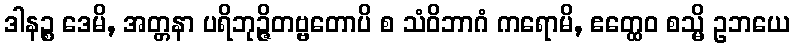
ဒါနဉ္စ ဒေမိ, အတ္တနာ ပရိဘုဉ္ဇိတဗ္ဗတောပိ စ သံဝိဘာဂံ ကရောမိ, ဧတ္ထေဝ စသ္မိ ဥဘယေ